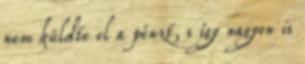
nem küldte el a pénzt, s így nagyon is